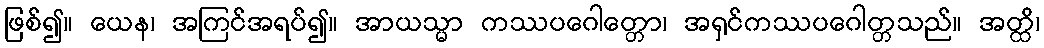
ဖြစ်၍။ ယေန၊ အကြင်အရပ်၍။ အာယသ္မာ ကဿပဂေါတ္တော၊ အရှင်ကဿပဂေါတ္တသည်။ အတ္ထိ၊